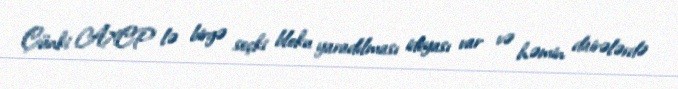
Çünki AXCP lə birgə seçki bloku yaradılması ideyası var və həmin dairələrdə